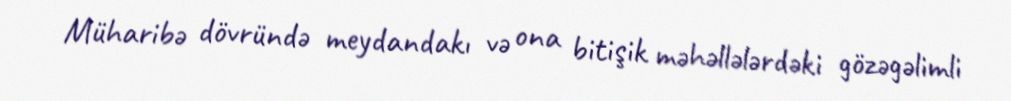
Müharibə dövründə meydandakı və ona bitişik məhəllələrdəki gözəgəlimli